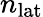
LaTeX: n_{\mathrm{lat}}